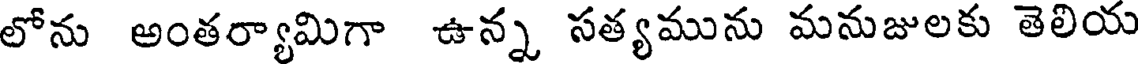
లోను అంతర్యామిగా ఉన్న సత్యమును మనుజులకు తెలియ